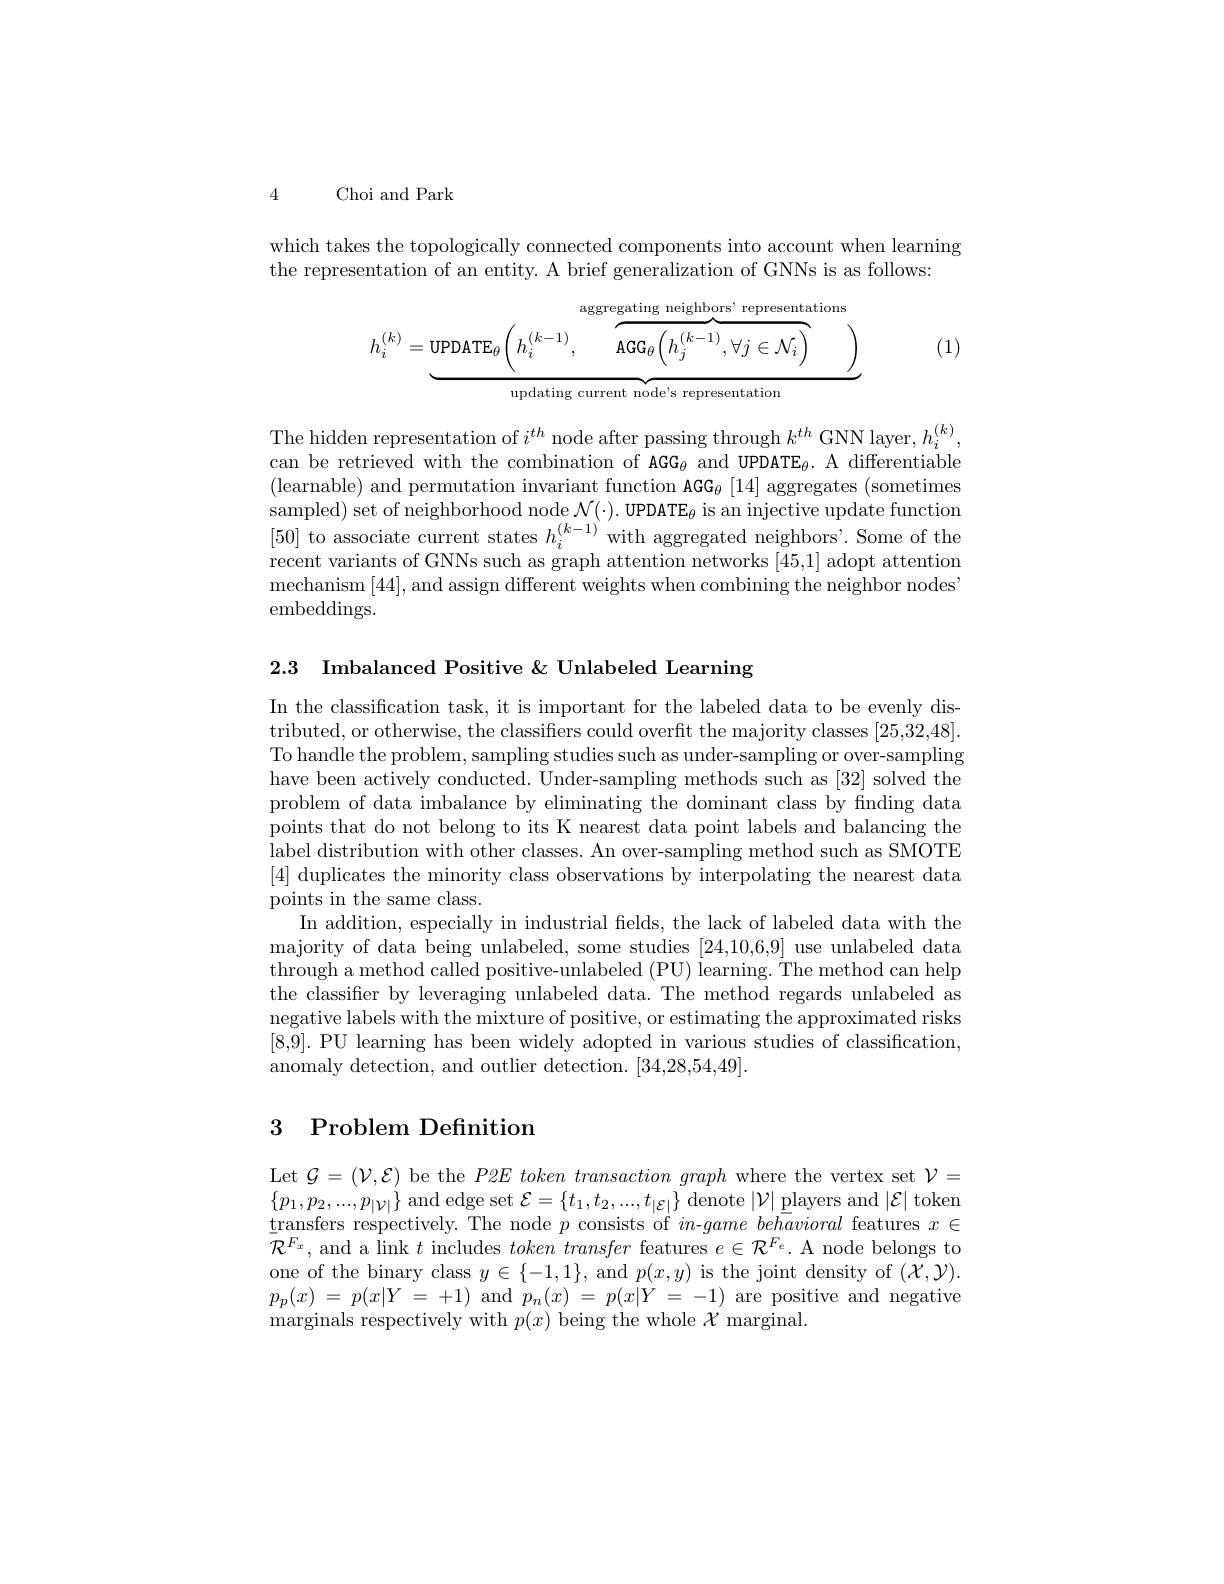
4 Choi and Park

which takes the topologically connected components into account when learning
the representation of an entity. A brief generalization of GNNs is as follows:
$$h_i^{(k)}=\underbrace{\text{UPDATE}_\theta\left(h_i^{(k-1)},\overbrace{\text{AGG}_\theta\left(h_j^{(k-1)},\forall j\in\mathcal{N}_i\right)}^{\text{aggregating neighbors' representations}}\right)}_{\text{updating current node's representation}}$$
(1)

The hidden representation of $i^{th}$ node after passing through $k^th$ GNN layer, $h_i^{(k)}$, can be retrieved with the combination of AGG$_\theta$ and UPDATE$_\theta.$ A differentiable (learnable) and permutation invariant function AGG$_\theta[14]$ aggregates (sometimes sampled) set of neighborhood node $\mathcal{N} ( \cdot ) . \textbf{UPDATE}_{\theta }$ is an injective update function [50] to associate current states $h_i^{(k-1)}$ with aggregated neighbors'. Some of the recent variants of GNNs such as graph attention networks [45,1] adopt attention mechanism [ 44] , and assign different weights when combining the neighbor nodes embeddings.

2.3 Imbalanced Positive & Unlabeled Learning

In the classification task, it is important for the labeled data to be evenly distributed, or otherwise, the classifiers could overfit the majority classes [25,32,48]. To handle the problem, sampling studies such as under-sampling or over-sampling have been actively conducted. Under-sampling methods such as [32] solved the problem of data imbalance by eliminating the dominant class by finding data points that do not belong to its K nearest data point labels and balancing the label distribution with other classes. An over-sampling method such as SMOTE [4] duplicates the minority class observations by interpolating the nearest data points in the same class.
In addition, especially in industrial felds, the lack of labeled data with the majority of data being unlabeled, some studies [24,10,6,9] use unlabeled data through a method called positive-unlabeled (PU) learning. The method can help the classifier by leveraging unlabeled data. The method regards unlabeled as negative labels with the mixture of positive, or estimating the approximated risks [8,9]. PU learning has been widely adopted in various studies of classification, anomaly detection, and outlier detection. [34,28,54,49].

## 3 Problem Definition

Let $\mathcal{G}=(\mathcal{V},\mathcal{E})$ be the $P2E\textit{token transaction graph where the vertex set }\mathcal{V} =$ $\{p_{1},p_{2},...,p_{|\mathcal{V}|}\}$ and edge set $\mathcal{E}=\{t_1,t_{2},...,t_{|\mathcal{E}|}\}$ denote $|\mathcal{V}|\underline\text{players and}|\mathcal{E}|$ token transfers respectively. The node $p$ consists of $in$-game behavioral features $x\in$ $\bar{\mathcal{R}}^{F_{x}}$, and a link $t$ includes $token\textit{transfer features }e\in \mathcal{R} ^{F_{e}}.$ A node belongs to one of the binary class $y\in\{-1,1\}$, and $p(x,y)$ is the joint density of $(\mathcal{X},\mathcal{Y}).$ $p_{p}( x)$ = $p( x| Y$ = +1) and $p_n( x)$ = $p( x| Y$ = -1) are positive and negative ${\mathrm{marginals~respectively~with~}}p( x) {\mathrm{~being~the~whole~}}\mathcal{X} {\mathrm{~marginal. }}$